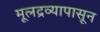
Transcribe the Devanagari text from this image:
मूलद्रव्यापासून